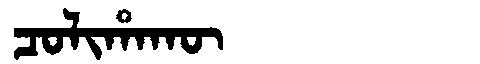
Manchu: ᠴᠣᠯᡳᡥᠠᡴᡡ
Romanization: COLIHAKŪ